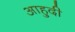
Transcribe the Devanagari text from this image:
आहुदी